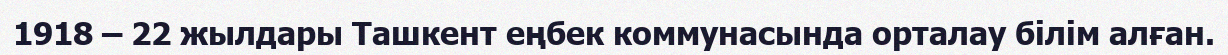
1918 – 22 жылдары Ташкент еңбек коммунасында орталау білім алған.